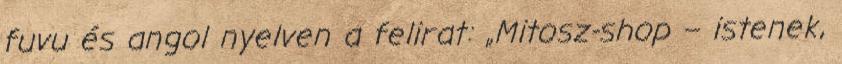
fuvu és angol nyelven a felirat: „Mitosz-shop – istenek,